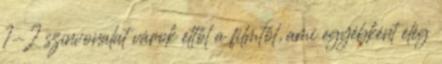
1-2 színvonalat várok ettől a filmtől, ami egyébként elég